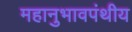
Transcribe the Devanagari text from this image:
महानुभावपंथीय